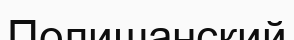
Полишанский